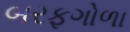
બરફગોળા